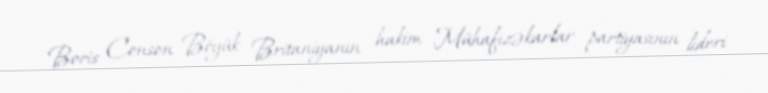
Boris Conson Böyük Britaniyanın hakim Mühafizəkarlar partiyasının lideri